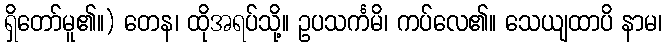
ရှိတော်မူ၏။) တေန၊ ထိုအရပ်သို့။ ဥပသင်္ကမိ၊ ကပ်လေ၏။ သေယျထာပိ နာမ၊